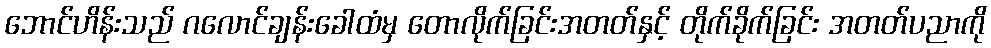
ဘောင်ဟိန်းသည် ဂလောင်ချန်းခေါထံမှ တောလိုက်ခြင်းအတတ်နှင့် တိုက်ခိုက်ခြင်း အတတ်ပညာကို